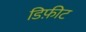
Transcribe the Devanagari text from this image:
डिफ़ीट